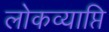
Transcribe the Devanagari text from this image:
लोकव्याप्ति